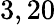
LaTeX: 3,20